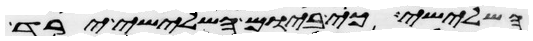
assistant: השלישי כי ביום השלישי ירד